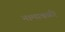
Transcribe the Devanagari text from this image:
नामावळी